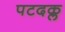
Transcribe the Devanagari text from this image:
पटदक्ल